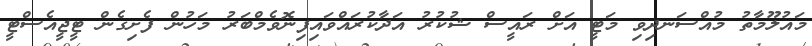
މައުލޫމާތު މުއްސަނދިވި މަޓީ އަށް ރައީސް ޝުކުރު އަދާކުރައްވައިފިނޮވެމްބަރު މަހުން ފެށިގެން ޓީޖީއެސްޓީ